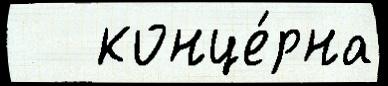
   конце́рна